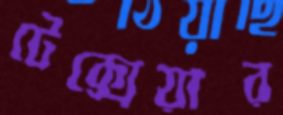
টেক্সেয়ার